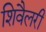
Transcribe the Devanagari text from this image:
शिवैलरी